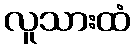
လူသားထံ